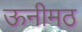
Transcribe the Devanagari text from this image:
ऊनीमठ